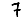
Digit: 7